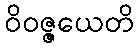
ဝိဝဇ္ဇယေတိ